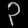
Digit: ၃